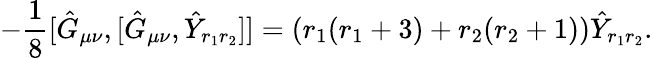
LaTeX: -\frac{1}{8}[\hat{G}_{\mu\nu},[\hat{G}_{\mu\nu},\hat{Y}_{r_{1}r_{2}}]]=\left(r_{1}(r_{1}+3)+r_{2}(r_{2}+1)\right)\hat{Y}_{r_{1}r_{2}}.